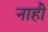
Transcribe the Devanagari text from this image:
नाहीे